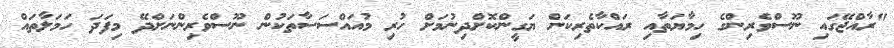
"ރާއްޖޭގައި ނޫސްވެރިންގެ ހިމާޔަތާއި ރައްކާތެރިކަން ޔަގީންކޮށްދިނުމަށް ހުރި މުއައްސަސާތަކުން ނޫސްވެރިންނަށްދޭ މިފަދަ ހަމަލާތައް